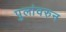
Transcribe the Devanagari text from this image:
पुलांवरुन